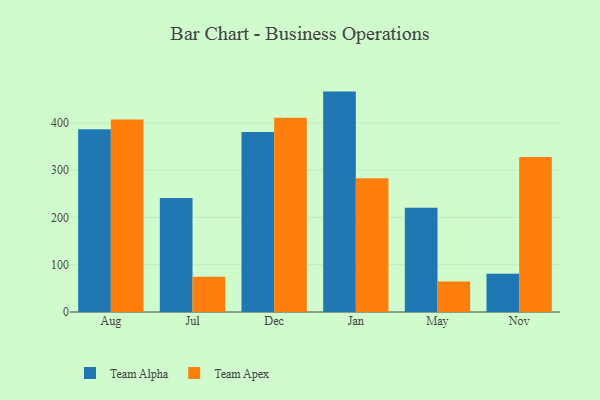
{"axis": {"x": "Month", "y": "Page Views"}, "legend": ["Team Alpha", "Team Apex"], "data": [{"x": "Aug", "y": 386.2, "type": "Team Alpha"}, {"x": "Aug", "y": 406.7, "type": "Team Apex"}, {"x": "Jul", "y": 240.8, "type": "Team Alpha"}, {"x": "Jul", "y": 74.3, "type": "Team Apex"}, {"x": "Dec", "y": 380.3, "type": "Team Alpha"}, {"x": "Dec", "y": 410.6, "type": "Team Apex"}, {"x": "Jan", "y": 465.7, "type": "Team Alpha"}, {"x": "Jan", "y": 282.8, "type": "Team Apex"}, {"x": "May", "y": 220.2, "type": "Team Alpha"}, {"x": "May", "y": 64.6, "type": "Team Apex"}, {"x": "Nov", "y": 80.6, "type": "Team Alpha"}, {"x": "Nov", "y": 327.4, "type": "Team Apex"}]}